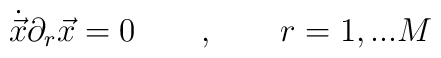
{\dot{\vec x}}\partial_r\vec x=0 \qquad , \qquad r=1, ... M